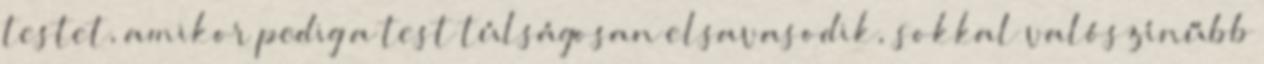
testet, amikor pedig a test túlságosan elsavasodik, sokkal valószínűbb